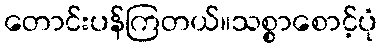
တောင်းပန်ကြတယ်။သစ္စာစောင့်ပုံ